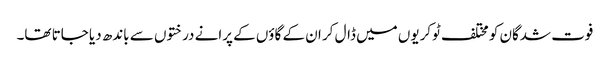
فوت شدگان کو مختلف ٹوکریوں میں ڈال کر ان کے گاؤں کے پرانے درختوں سے باندھ دیا جاتا تھا۔